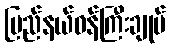
ပြည်နယ်ဝန်ကြီးချုပ်